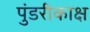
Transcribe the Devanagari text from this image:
पुंडरीकाक्ष